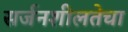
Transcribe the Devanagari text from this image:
सर्जनशीलतेचा